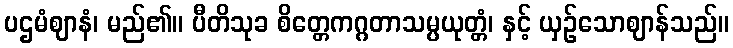
ပဌမံဈာနံ၊ မည်၏။ ပီတိသုခ စိတ္တေကဂ္ဂတာသမ္ပယုတ္တံ၊ နှင့် ယှဉ်သောဈာန်သည်။